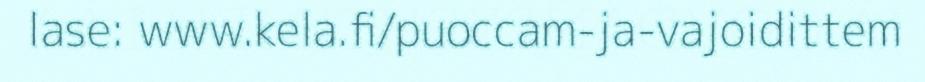
lase: www.kela.fi/puoccam-ja-vajoidittem